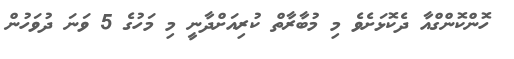
ހޮންކޮންގްއާ ދެކޮޅަށެވެ މި މުބާރާތް ކުރިއަށްދާނީ މި މަހުގެ 5 ވަނަ ދުވަހުން